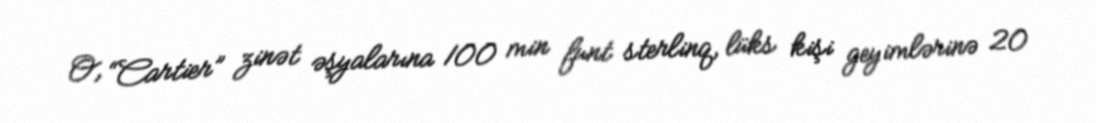
O, “Cartier” zinət əşyalarına 100 min funt sterlinq, lüks kişi geyimlərinə 20